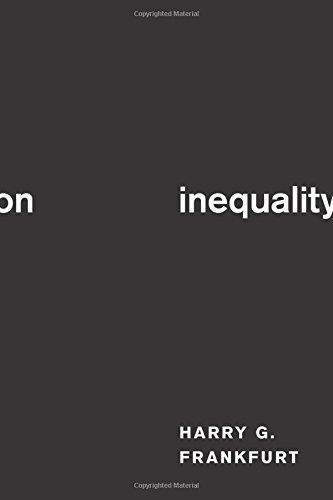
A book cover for On Inequality; Harry G. Frankfurt; Business & Money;